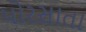
પોરસાતા